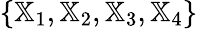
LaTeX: \{ {\mathbb X}_{1},{\mathbb X}_{2},{\mathbb X}_{3},{\mathbb X}_{4}\}